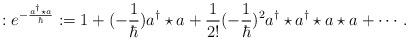
LaTeX: \begin{align*}:e^{-\frac{a^\dagger \star a}{\hbar}}:=1+(-\frac{1}{\hbar})a^\dagger \star a+\frac{1}{2!}(-\frac{1}{\hbar})^2 a^\dagger \star a^\dagger \star a \star a+\cdots.\end{align*}